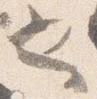
也